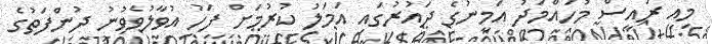
މިއީ ރައީސް މުހައްމަދު އަމީނުގެ ދައުރުގައި އަމަލު ކުރުމަށް ފަހު އުވާލުވެވުނު ދުންފަތުގެ